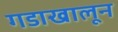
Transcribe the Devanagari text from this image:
गडाखालून